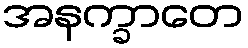
အနက္ခာတေ